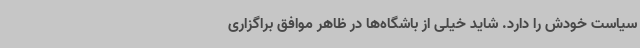
سیاست خودش را دارد. شاید خیلی از باشگاه‌ها در ظاهر موافق براگزاری